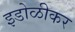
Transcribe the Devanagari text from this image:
इडोळीकर